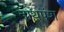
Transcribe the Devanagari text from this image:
नाथपंश